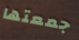
جمعتها